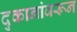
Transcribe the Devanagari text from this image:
दुकानांवरून